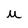
Character: u